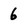
Character: 6